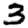
Digit: 3